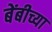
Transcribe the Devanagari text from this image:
बेंबीच्या